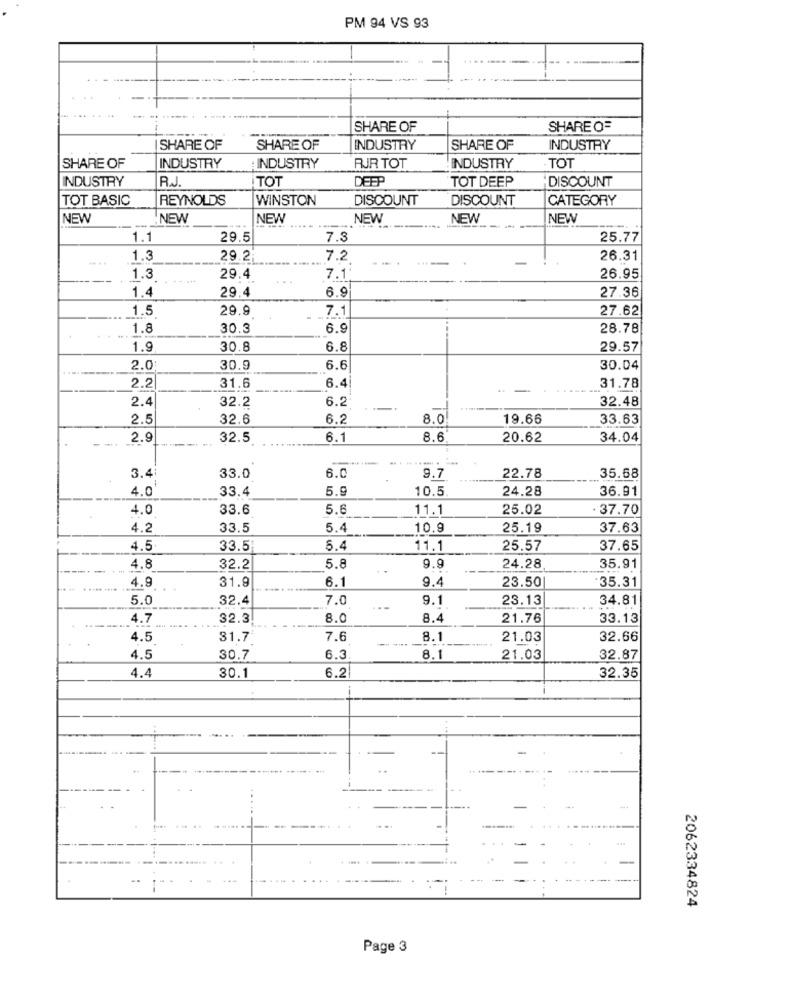
PM 94 VS 93
H
------
SHARE OF
SHARE O=
SHARE OF
SHARE OF
INDUSTRY
SHARE OF
INDUSTRY
INDUSTRY
TOT
SHARE OF
INDUSTRY
INDUSTRY
RJR TOT
INDUSTRY
R.J.
TOT
DEEP
TOT DEEP
DISCOUNT
TOT BASIC
REYNOLDS
WINSTON
DISCOUNT
DISCOUNT
CATEGORY
NEW
NEW
NEW
NEW
NEW
NEW
1.1
29.5
7.3
25.77
....
1.3
29.2
7.2
26.31
1.3
29.4
7.1
26.95
1.4
29.4
6.9
27.36
1.5
29.9
7.1
27.62
1.8
30.3
6.9
28.78
1.9
30.8
6.8
29.57
2.0
30.9
6.6
30.04
2.2
31.6
6.4
31.78
2.4
6.2
32.48
32.2
2.5
32.6
6.2
8.0
19.66
33.63
2.9
32.5
6.1
8.6
20.62
34.04
6.0
9.7
35.68
3.4
33.0
22.78
4.0
33.4
5.9
10.5
24.28
36.91
4.0
33.6
5.6
11.1
25.02
37.70
4.2
33.5
5.4
10.9
25.19
37.63
4.5
33.5
5.4
11.1
25.57
37.65
4.8
32.2
5.8
9.9
24.28
35.91
31.9
6.1
9.4
23.50
35.31
4.9
5.0
32.4
7.0
9.1
23.13
34.81
4.7
32.3.
8.0
8.4
21.76
33.13
4.5
31.7
7.6
8.1
21.03
32.66
4.5
30.7
6.3
8.1
21.03
32.87
6.2
4.4
30.1
32.35
-
..
2062334824
Page 3